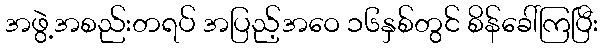
အဖွဲ့အစည်းတရပ် အပြည့်အဝေ ၁၆နှစ်တွင် စိန်ခေါ်ကြပြီး